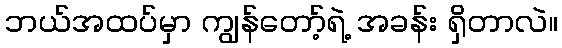
ဘယ်အထပ်မှာ ကျွန်တော့်ရဲ့ အခန်း ရှိတာလဲ။